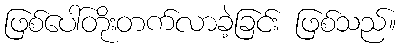
ဖြစ်ပေါ်တိုးတက်လာခဲ့ခြင်း ဖြစ်သည်။